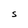
Character: S